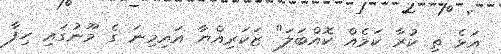
އަޅެ ތި ކުރާ ކަމެއް ކޮއްބަލަ" ޒަކަރިއްޔާ އައިމިނަ ގެ މޫނުގައި ހިފާ